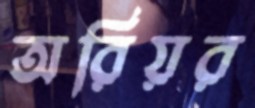
অরিয়র